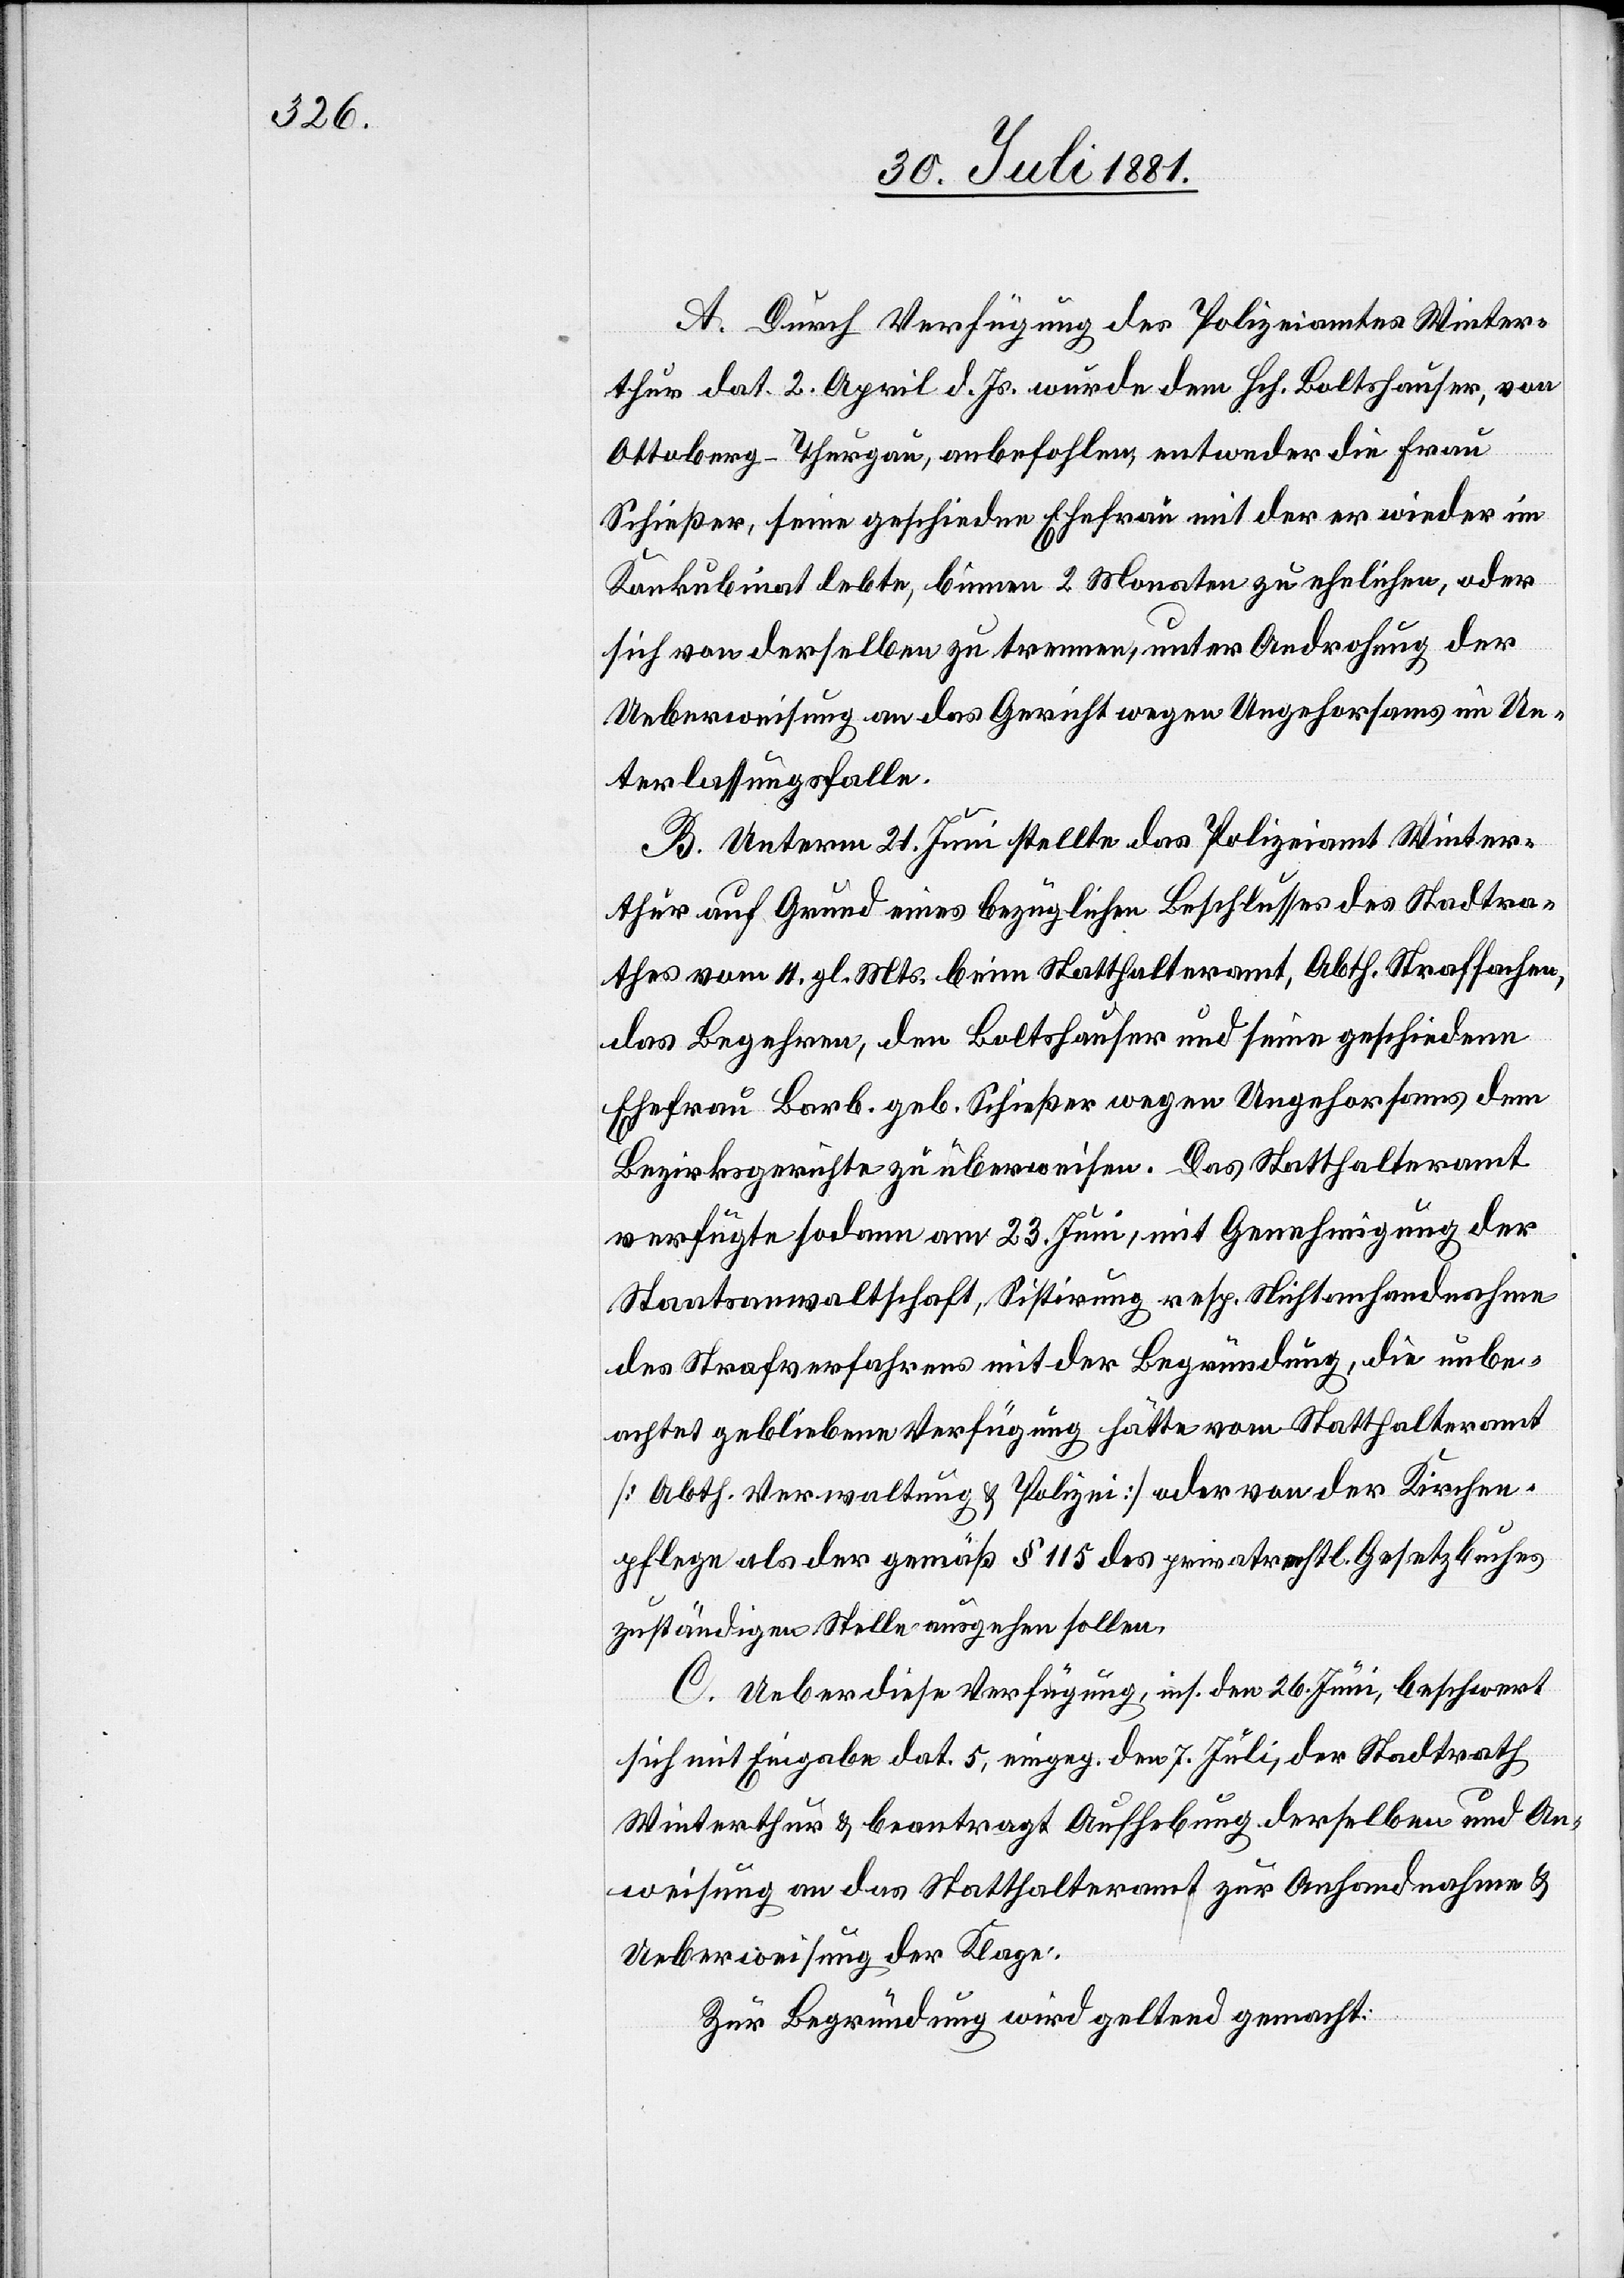
A. Durch Verfügung des Polizeiamtes Winter¬
thur dat. 2. April d. Js. wurde dem Hch. Boltshauser, von
Ottoberg - Thurgau, anbefohlen, entweder die Frau
Schießer, seine geschiedene Ehefrau mit der er wieder im
Konkubinat lebte, binnen 2 Monaten zu ehelichen, oder
sich von derselben zu trennen, unter Androhung der
Ueberweisung an das Gericht wegen Ungehorsams im Un¬
terlassungsfalle.
B. Unterm 21. Juni stellte das Polizeiamt Winter¬
thur auf Grund eines bezüglichen Beschlusses des Stadtra¬
thes vom 11. gl. Mts. beim Statthalteramt, Abth. Strafsachen,
das Begehren, den Boltshauser und seine geschiedene
Ehefrau Barb. geb. Schießer wegen Ungehorsams dem
Bezirksgerichte zu überweisen. Das Statthalteramt
verfügte sodann am 23. Juni, mit Genehmigung der
Staatsanwaltschaft, Sistirung resp. Nichtanhandnahme
des Strafverfahrens mit der Begründung, die unbe¬
achtet gebliebene Verfügung hätte vom Statthalteramt
[Abth. Verwaltung & Polizei] oder von der Kirchen¬
pflege als der gemäß § 115 des privatrechtl. Gesetzbuches
zuständigen Stelle ausgehen sollen.
C. Ueber diese Verfügung, ins. den 26. Juni, beschwert
sich mit Eingabe dat. 5, eingeg. den 7. Juli, der Stadtrath
Winterthur & beantragt Aufhebung derselben und An¬
weisung an das Statthalteramt zu Anhandnahme &
Ueberweisung der Klage:
Zur Begründung wird geltend gemacht: